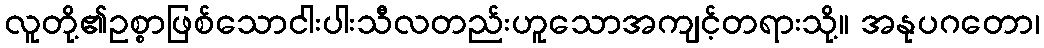
လူတို့၏ဥစ္စာဖြစ်သောငါးပါးသီလတည်းဟူသောအကျင့်တရားသို့။ အနုပဂတော၊